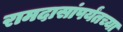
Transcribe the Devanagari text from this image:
रामदासांपर्यंतच्या